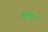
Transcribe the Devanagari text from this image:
बुलंदा